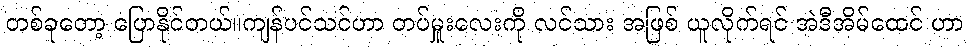
တစ်ခုတော့ ပြောနိုင်တယ်။ကျန်ပင်သင်ဟာ တပ်မှူးလေးကို လင်သား အဖြစ် ယူလိုက်ရင် အဲဒီအိမ်ထေင် ဟာ